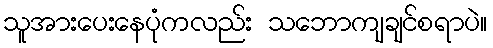
သူအားပေးနေပုံကလည်း သဘောကျချင်စရာပဲ။